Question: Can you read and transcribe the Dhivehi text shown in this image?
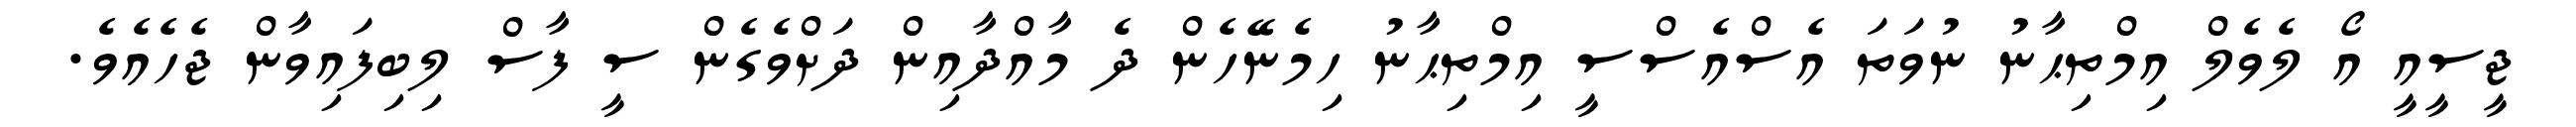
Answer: ޖީސީއީ އޯ ލެވެލް އިމްތިޙާނު ނުވަތަ އެސްއެސްސީ އިމްތިޙާނު ހިމެނޭހެން ދެ މާއްދާއިން ދަށްވެގެން ސީ ފާސް ލިބިފައިވާން ޖެހެއެވެ.